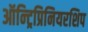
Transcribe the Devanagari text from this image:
ऑन्ट्रिप्रिनियरशिप